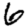
Digit: 6